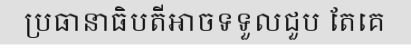
ប្រធានាធិបតីអាចទទួលជួប តែគេ